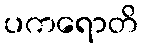
ပကရောတိ